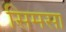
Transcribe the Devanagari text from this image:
सिमसा